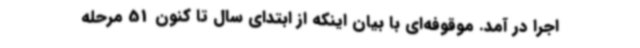
اجرا در آمد. موقوفه‌ای با بیان اینکه از ابتدای سال تا کنون 51 مرحله